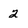
Character: 2